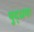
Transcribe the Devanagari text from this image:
युद्धया